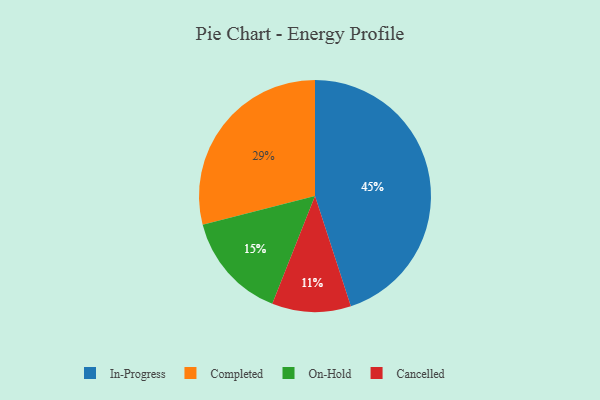
{"axis": {"x": "Category", "y": "Percentage"}, "legend": ["Cancelled", "Completed", "In-Progress", "On-Hold"], "data": [{"x": "Cancelled", "y": 11, "type": "Cancelled"}, {"x": "In-Progress", "y": 45, "type": "In-Progress"}, {"x": "Completed", "y": 29, "type": "Completed"}, {"x": "On-Hold", "y": 15, "type": "On-Hold"}]}